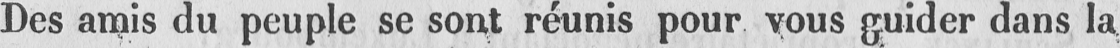
Des amis du peuple se sont réunis pour vous guider dans la